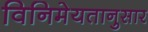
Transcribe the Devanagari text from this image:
विनिमेयतानुसार